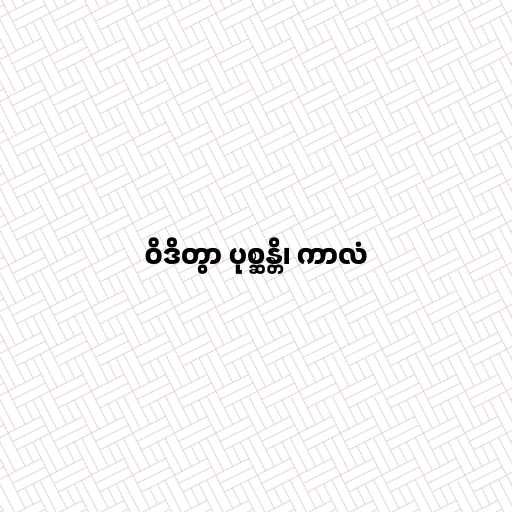
ဝိဒိတွာ ပုစ္ဆန္တိ၊ ကာလံ